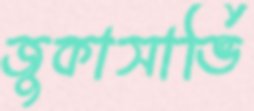
জুকাসার্ভি